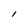
Character: l